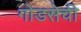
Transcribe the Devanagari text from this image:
गोडसेची